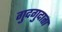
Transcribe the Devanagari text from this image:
गुदगुदाता